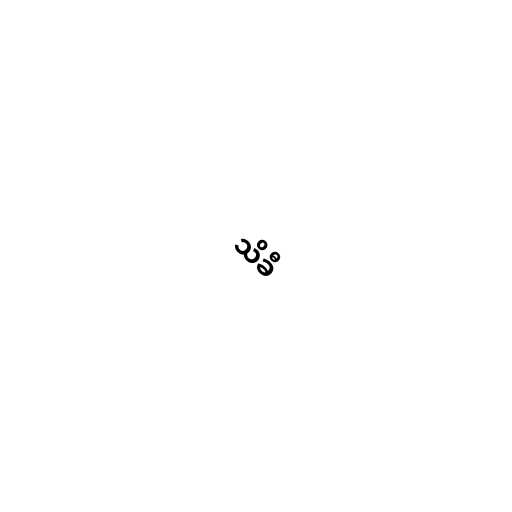
သိခီ